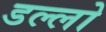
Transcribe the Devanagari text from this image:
डल्लो